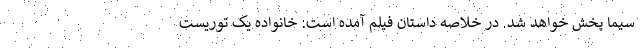
سیما پخش خواهد شد. در خلاصه داستان فیلم آمده است: خانواده یک توریست